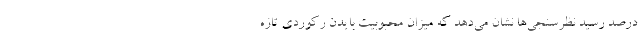
درصد رسید نظرسنجی‌ها نشان می‌دهد که میزان محبوبیت بایدن رکوردی تازه